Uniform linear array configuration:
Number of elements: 32
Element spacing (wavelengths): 0.75
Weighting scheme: cosine
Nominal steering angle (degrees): -30
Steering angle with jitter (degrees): -28.964
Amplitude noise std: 0.05
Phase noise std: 0.05

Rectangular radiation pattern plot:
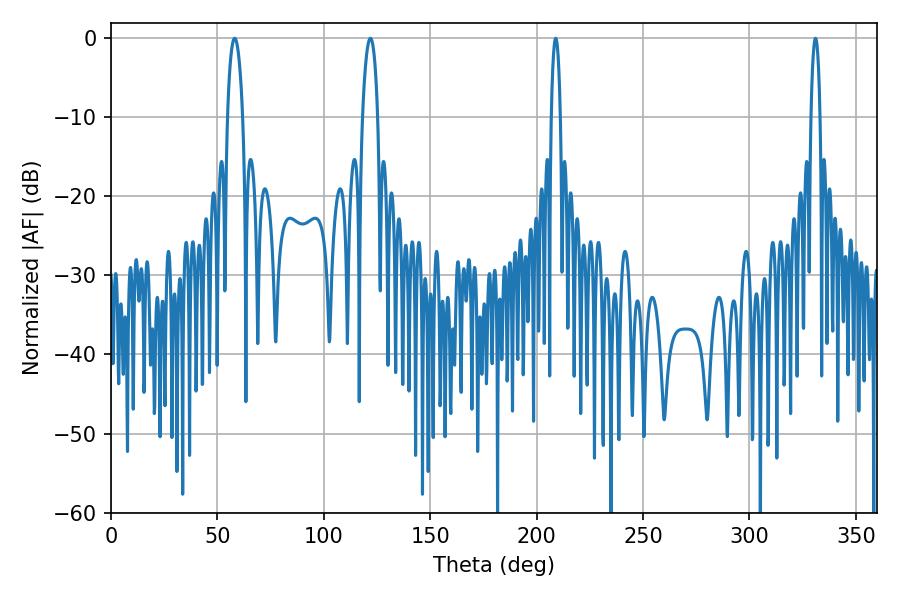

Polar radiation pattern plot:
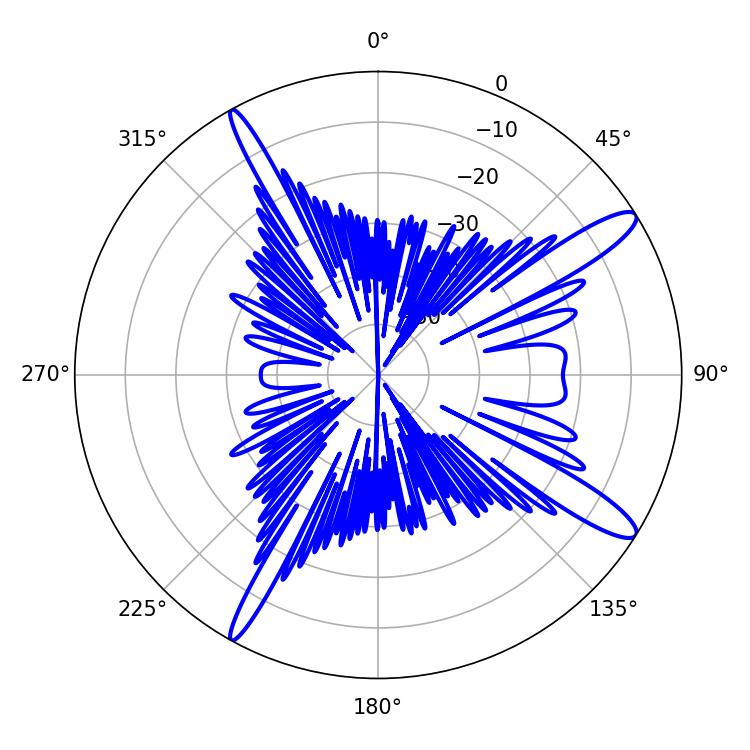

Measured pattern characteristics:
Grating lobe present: TRUE
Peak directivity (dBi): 13.488
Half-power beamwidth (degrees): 3.96
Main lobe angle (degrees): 58.14